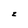
Character: z